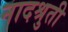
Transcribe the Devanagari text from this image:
नादश्रुती